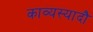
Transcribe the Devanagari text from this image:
काव्यस्यादौ